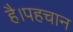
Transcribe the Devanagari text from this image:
है।पहचान